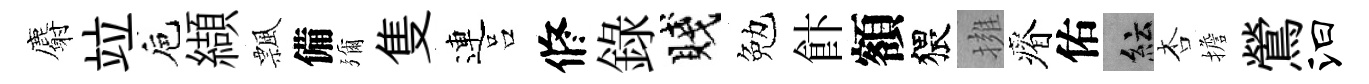
麝竝巵纈飄備彌隻連吕修錄賤勉飰額猥擁瘠佑紜杏擔鶯汩